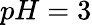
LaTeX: pH=3